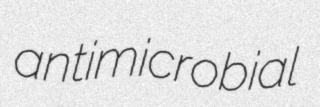
antimicrobial